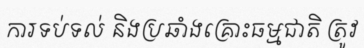
ការទប់ទល់ និងប្រឆាំងគ្រោះធម្មជាតិ ត្រូវ